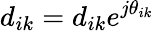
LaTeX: d_{ik}=d_{ik}e^{j\theta_{ik}}